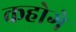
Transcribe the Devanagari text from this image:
कहोगे